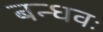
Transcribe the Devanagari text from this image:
बन्धवः